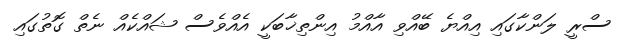
ސްރީ ލަންކާގައި އިއްޔެ ބޭއްވި އާއްމު އިންތިޚާބަކީ އެއްވެސް ޝައްކެއް ނެތް ގޮތުގައި